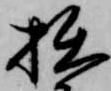
拙